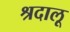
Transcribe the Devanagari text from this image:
श्रदालू